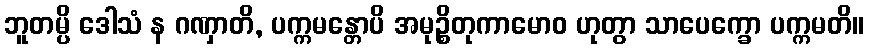
ဘူတမ္ပိ ဒေါသံ န ဂဏှာတိ, ပက္ကမန္တောပိ အမုဉ္စိတုကာမောဝ ဟုတွာ သာပေက္ခော ပက္ကမတိ။